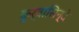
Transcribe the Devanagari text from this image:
कुर्वासिन्दे